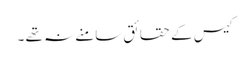
کیس کے حقائق سامنے نہ تھے ۔